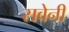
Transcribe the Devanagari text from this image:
सवेनी